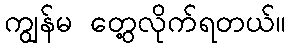
ကျွန်မ တွေ့လိုက်ရတယ်။